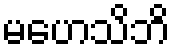
မဟေသိဘိ